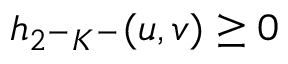
h _ { 2 ^ { - } K ^ { - } } ( u , v ) \geq 0